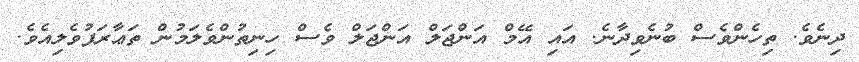
ދިނެވެ. ތިހެންވެސް ބުނެވިދާނެ. އައި އޭމް އަންޖަލް އަންޖަލް ވެސް ހިނިތުންވެލަމުން ތަޢާރަފުވެލިއެވެ.